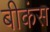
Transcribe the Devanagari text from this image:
बीकंस